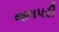
જલપરી